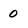
Character: 0